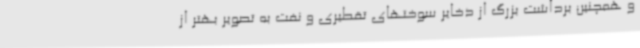
و همچنین برداشت بزرگ از ذخایر سوختهای تقطیری و نفت به تصویر بهتر از